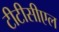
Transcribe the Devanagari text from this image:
टीटीसीएल